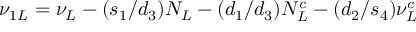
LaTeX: \nu _ { 1 L } = \nu _ { L } - ( s _ { 1 } / d _ { 3 } ) N _ { L } - ( d _ { 1 } / d _ { 3 } ) N _ { L } ^ { c } - ( d _ { 2 } / s _ { 4 } ) \nu _ { L } ^ { c }